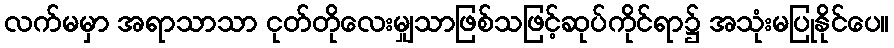
လက်မမှာ အရာသာသာ ငုတ်တိုလေးမျှသာဖြစ်သဖြင့်ဆုပ်ကိုင်ရာ၌ အသုံးမပြုနိုင်ပေ။